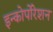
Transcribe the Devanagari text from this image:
इन्कोर्पाेरेशन